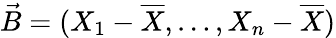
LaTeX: {\vec{B}}=(X_{1}-{\overline{{X}}},\ldots,X_{n}-{\overline{{X}}})